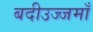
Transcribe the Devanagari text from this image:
बदीउज्जमाँ